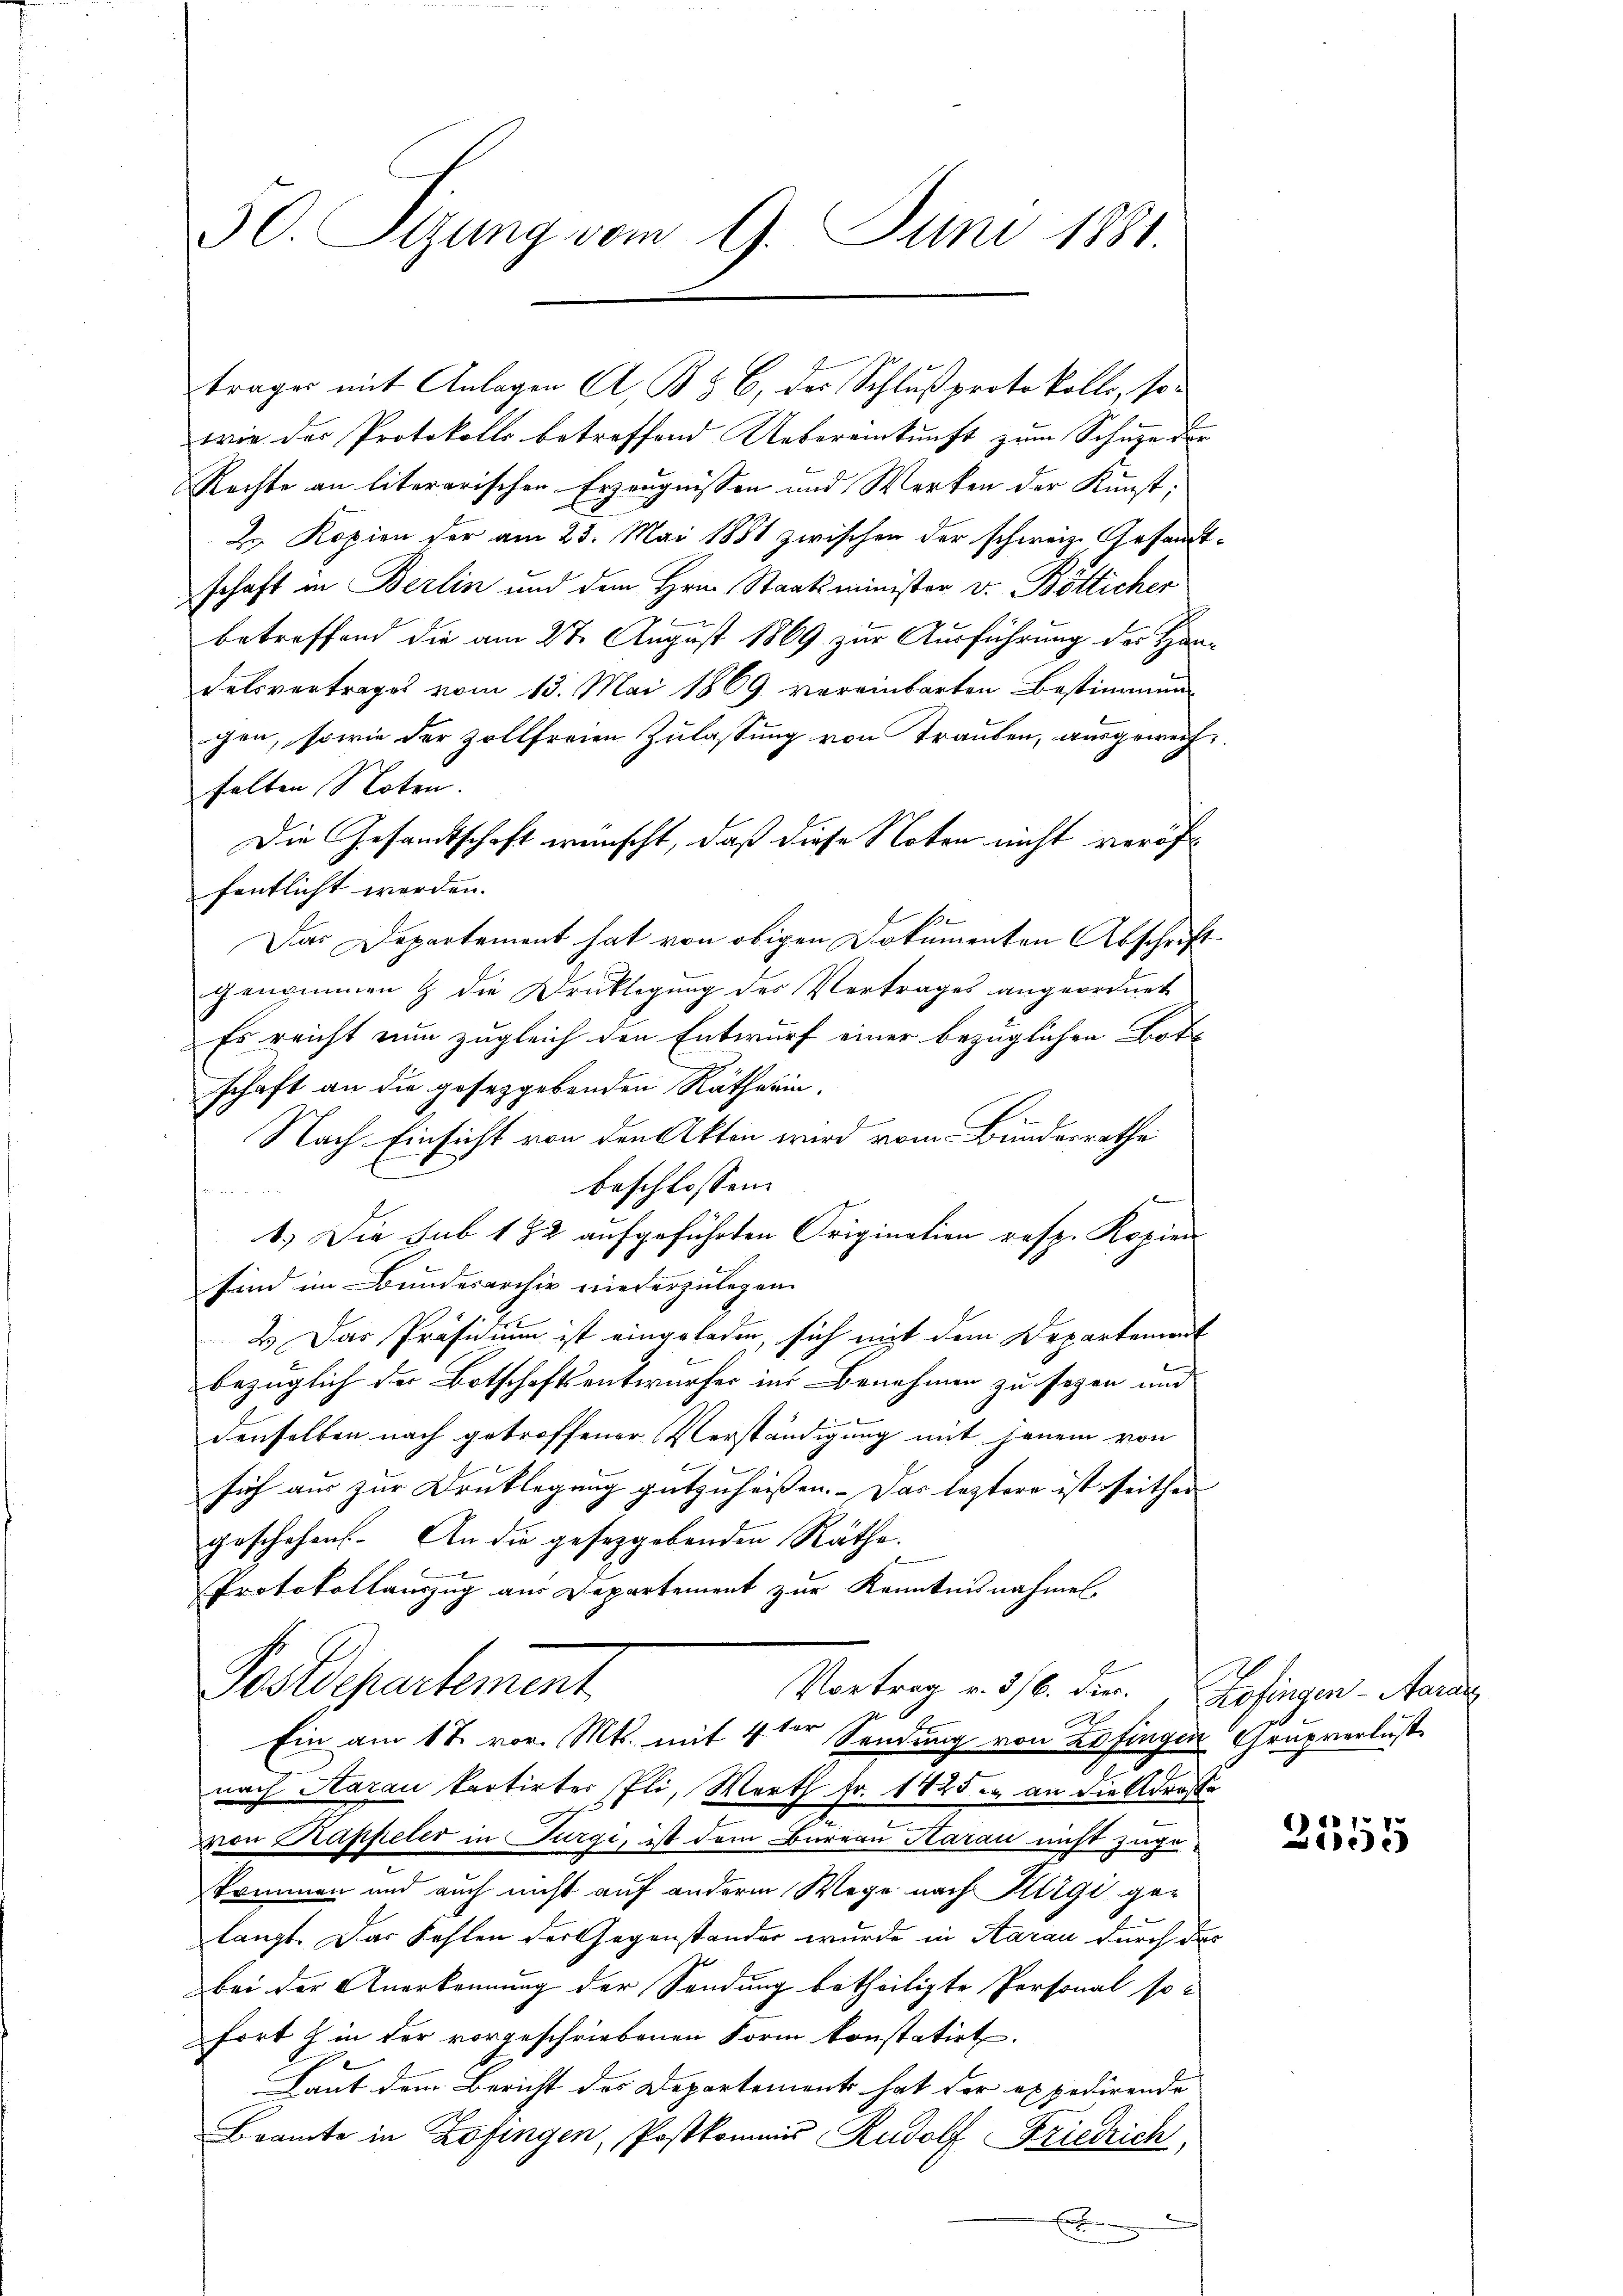
50. Sizung vom 9. Juni 1881.

wie der Protokolls betreffend Uebereinkunft zum Schuze der
Rechte an literarischen Erzeugnissen und Werken der Kunst;
2. Kopien der am 23. Mai 1881 zwischen der schweiz. Gesandt
schaft in Berlin und dem Hrn. Staatsminister v. Bötlicher
betreffend die am 27. August 1869 zur Ausführung der Han
Felsvertrages vom 15. Mai 1869 vereinbarten Bestimmung
gen, sowie der Zollfreien Zulassung von Trauben, ausgeweisfalten Noten.
Die Gesandtschaft wünscht, daß diese Noten nicht veröffentlicht worden.
Das Departement hat von obigen Dokumenten Abschrift
genommen & die Drucklegung der Vertrages angeordnet
Es reicht nun zugleich den Entwurf einer bezüglichen Bott
schaft an die gesetzgebenden Rätherin,
Nach Einsicht von den Akten wird vom Bundesrathe
beschlossen:

1.) Die sub 182 aufgeführten Origination resp. Kopier
sind im Bundesarchiv niederzulegen.
2.) Das Präsidium ist eingeladen, sich mit dem Departement
bezüglich der Botschaftsentwurfes in Benehmen zu sezen und
denselben nach getroffener Verständigung mit jenem von
sich aus zur Drucklegung gutzuheissen. Das leztere ist seither |
geschehen. An die gesetzgebenden Räthe.
Protokollauszug aus Departement zur Kenntnisnahmen.
Postdepartement
Vortrag v. 316. Die., Zofingen - Mar
Ein am 17. vor. Mts. mit 4ter Sendung von Zofingen Grupverlust
nach Aarau kartirter Pli, Worth Fr. 1825 an die Adres
von Kappeler in Turge, ist dem Bureau Aarau nicht zugekommen und auch nicht auf anderm Wege nach Rigi gelangt. Das Fehlen der Gegenstander wurde in Aarau durch da
bei der Anerkennung der Sendung betheiligte Personal so
fort z. in der vorgeschriebenen Form konstatirt.
Laut dem Bericht des Departement hat der expedirende
Brante in Zofingen, Postkommis Rudolf Friedrich,

trages mit Anlagen A. B. § 6, des Schlußprotokolls, so¬

.

2555